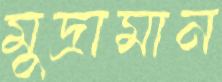
মুদ্রামান